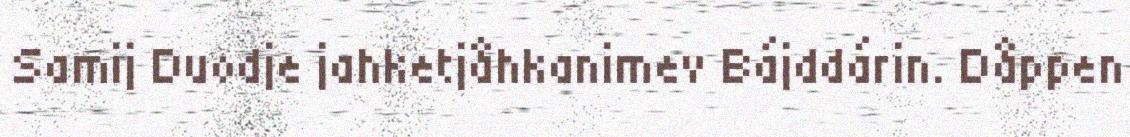
Samij Duodje jahketjåhkanimev Bájddárin. Dåppen